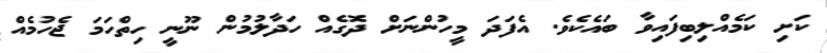
ކަށި ކަމެއްލިބިފައިވާ ބައެކެވެ. އެފަދަ މީހުންނަށް ދޮގެއް ހަދާލުމުން ނޫނީ ހިތްހަމަ ޖެހުމެއް